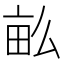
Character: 𤱔